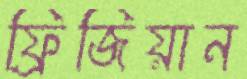
ফ্রিজিয়ান